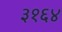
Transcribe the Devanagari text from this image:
३१६४